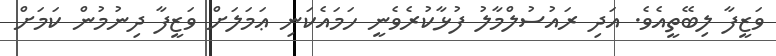
ވަޒީފާ ލިބޭތީއެވެ. އަދި ރައުސުލްމާލު ފުޅާކުރެވެނީ ހަމައެކަނި ޢަމަލަށް ވަޒީފާ ދިނުމުން ކަމަށް